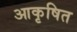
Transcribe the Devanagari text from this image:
आकृषित